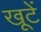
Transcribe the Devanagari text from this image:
खूटें